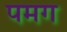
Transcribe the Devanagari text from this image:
पमग